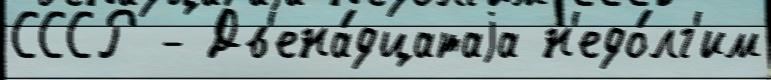
СССР - Дв'ена́дцатаjа н'едо́лг'им